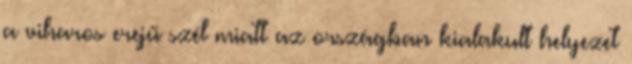
a viharos erejű szél miatt az országban kialakult helyezet